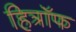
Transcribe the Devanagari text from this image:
हित्रॉफ